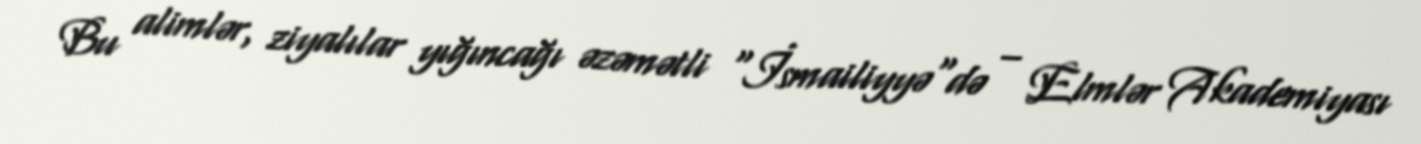
Bu alimlər, ziyalılar yığıncağı əzəmətli "İsmailiyyə"də – Elmlər Akademiyası